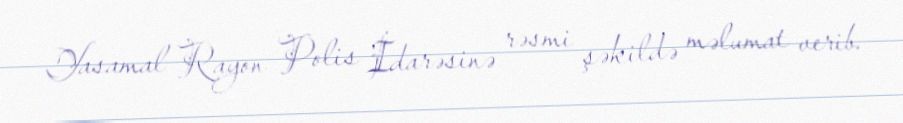
Yasamal Rayon Polis İdarəsinə rəsmi şəkildə məlumat verib.